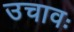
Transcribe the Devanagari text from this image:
उचावः